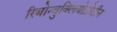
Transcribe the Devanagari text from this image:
रिबोन्युक्लियोप्रोटीन